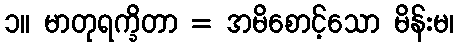
၁။ မာတုရက္ခိတာ = အမိစောင့်သော မိန်းမ၊